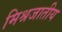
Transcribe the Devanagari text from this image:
मिश्रजातीय